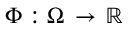
\Phi : \Omega \, \rightarrow \, \mathbb { R }